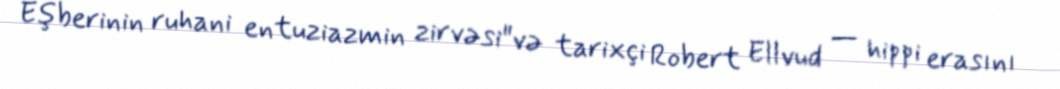
Eşberinin ruhani entuziazmin zirvəsi"və tarixçi Robert Ellvud — hippi erasını